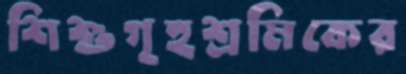
শিশুগৃহশ্রমিকের